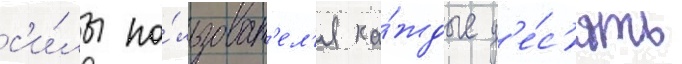
с'и́лы по́льзоват'ел'я ка́ждые д'е́с'ять